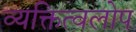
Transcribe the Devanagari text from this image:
व्यक्तित्वलोप